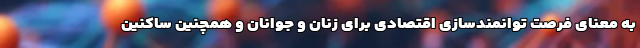
به معنای فرصت توانمندسازی اقتصادی برای زنان و جوانان و همچنین ساکنین